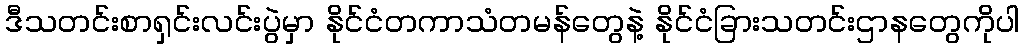
ဒီသတင်းစာရှင်းလင်းပွဲမှာ နိုင်ငံတကာသံတမန်တွေနဲ့ နိုင်ငံခြားသတင်းဌာနတွေကိုပါ